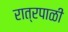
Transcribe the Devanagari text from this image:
रात्रपाळी